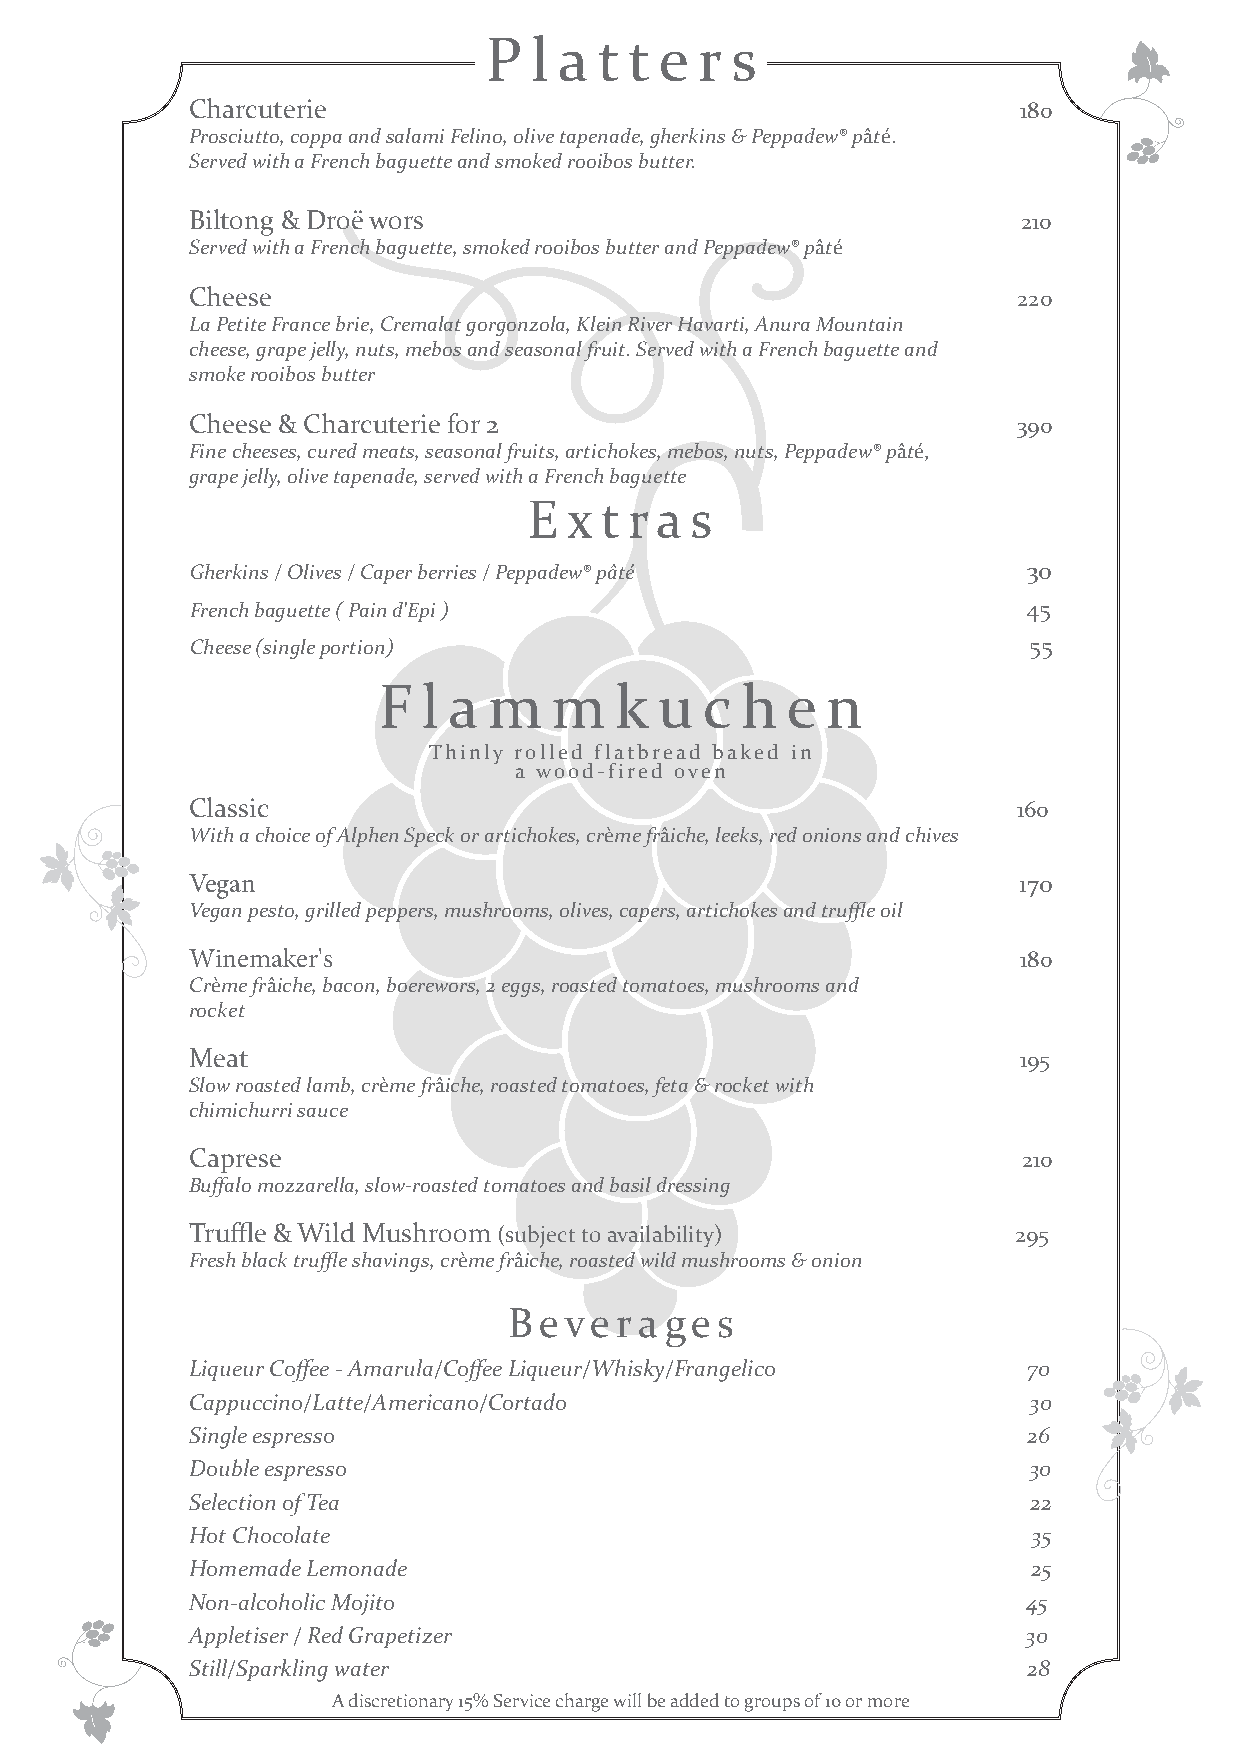
P  l a  t t e r s
 Charcuterie                                           180
 Prosciutto, coppa and salami Felino, olive tapenade, gherkins & Peppadew® pâté.
 Served with a French baguette and smoked rooibos butter.
 Biltong & Droë wors                                    210
 Served with a French baguette, smoked rooibos butter and Peppadew® pâté
 Cheese                                                220
 La Petite France brie, Cremalat gorgonzola, Klein River Havarti, Anura Mountain
 cheese, grape jelly, nuts, mebos and seasonal fruit. Served with a French baguette and
 smoke rooibos butter
 Cheese & Charcuterie for 2                            390
 Fine cheeses, cured meats, seasonal fruits, artichokes, mebos, nuts, Peppadew® pâté,
 grape jelly, olive tapenade, served with a French baguette
 E  x t r a s
 Gherkins / Olives / Caper berries / Peppadew® pâté     30
 French baguette ( Pain d'Epi )                         45
 Cheese (single portion)                                55
 F  l a m   m    k  u  c h  e  n
 Thinly rolled flatbread baked in
 a wood-fired oven
 Classic                                               160
 With a choice of Alphen Speck or artichokes, crème frâiche, leeks, red onions and chives
 Vegan                                                 170
 Vegan pesto, grilled peppers, mushrooms, olives, capers, artichokes and truffle oil
 Winemaker's                                           180
 Crème frâiche, bacon, boerewors, 2 eggs, roasted tomatoes, mushrooms and
 rocket
 Meat                                                  195
 Slow roasted lamb, crème frâiche, roasted tomatoes, feta & rocket with
 chimichurri sauce
 Caprese                                                210
 Buffalo mozzarella, slow-roasted tomatoes and basil dressing
 Truffle & Wild Mushroom (subject to availability)     295
 Fresh black truffle shavings, crème frâiche, roasted wild mushrooms & onion
 Beverages
 Liqueur Coffee - Amarula/Coffee Liqueur/Whisky/Frangelico 70
 Cappuccino/Latte/Americano/Cortado                     30
 Single espresso                                        26
 Double espresso                                        30
 Selection of Tea                                       22
 Hot Chocolate                                          35
 Homemade Lemonade                                      25
 Non-alcoholic Mojito                                   45
 Appletiser / Red Grapetizer                            30
 Still/Sparkling water                                  28
 A discretionary 15% Service charge will be added to groups of 10 or more